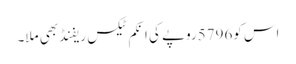
اس کو5796روپے کی انکم ٹیکس ریفنڈ بھی ملا۔